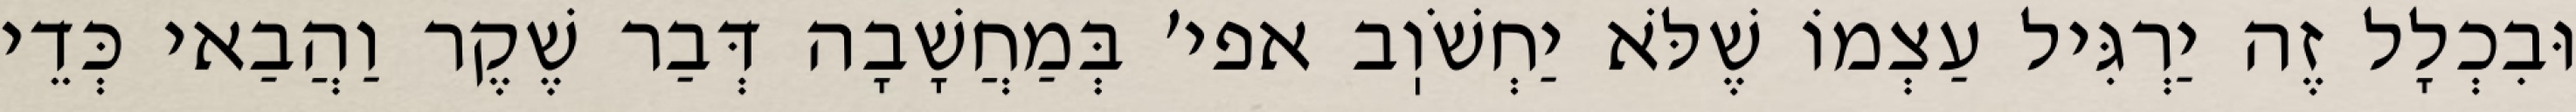
וּבִכְלָל זֶה יַרְגִּיל עַצְמוֹ שֶׁלֹּא יַחְשֹׁוֽב אפי׳ בְּמַחֲשָׁבָה דְּבַר שֶׁקֶר וַהֲבַאי כְּדֵי